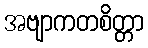
အဗျာကတစိတ္တာ